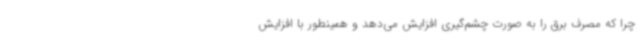
چرا که مصرف برق را به صورت چشم‌گیری افزایش می‌دهد و همینطور با افزایش